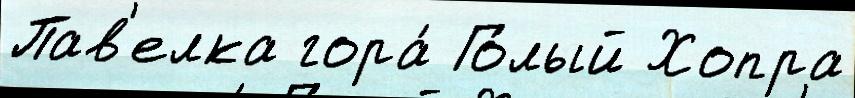
Пав'елка гора́ Го́лый Хопра